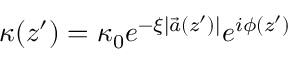
\kappa ( z ^ { \prime } ) = \kappa _ { 0 } e ^ { - \xi | \vec { a } ( z ^ { \prime } ) | } e ^ { i \phi ( z ^ { \prime } ) }